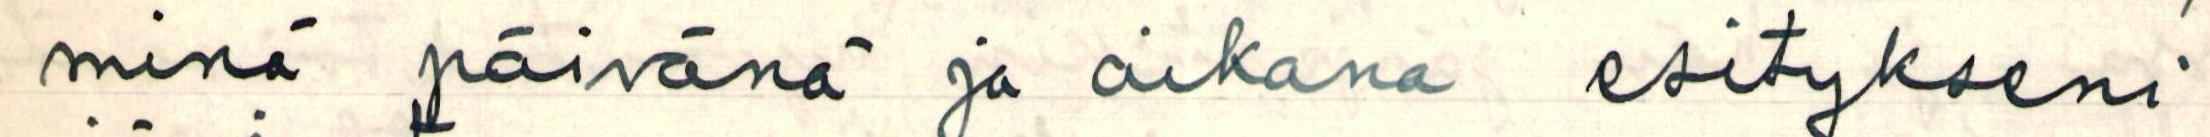
minä päivänä ja aikana esitykseni